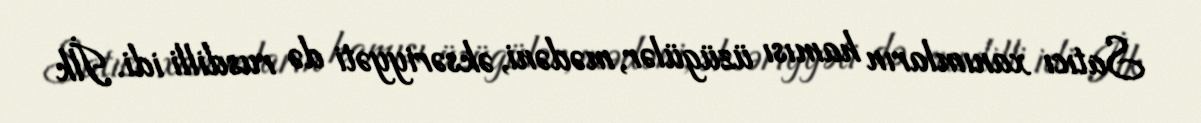
Satıcı xanımların hamısı üzügülər, mədəni, əksəriyyəti də rusdilli idi. İlk